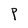
Character: P